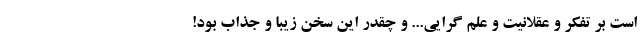
است بر تفکر و عقلانیت و علم گرایی... و چقدر این سخن زیبا و جذاب بود!